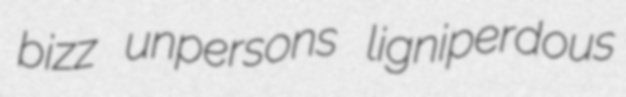
bizz unpersons ligniperdous